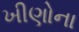
ખીણોના